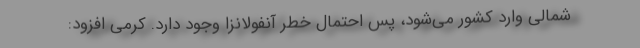
شمالی وارد کشور می‌شود، پس احتمال خطر آنفولانزا وجود دارد. کرمی افزود: